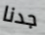
جدنا